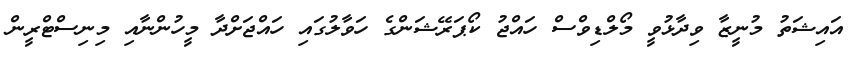
އައިޝަތު މުނީޒާ ވިދާޅުވީ މޯލްޑިވްސް ހައްޖު ކޯޕަރޭޝަންގެ ހަވާލުގައި ހައްޖަށްދާ މީހުންނާއި މިނިސްޓްރީން